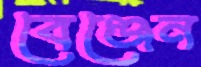
বেঞ্জেন